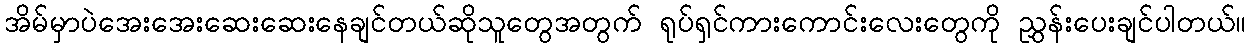
အိမ်မှာပဲအေးအေးဆေးဆေးနေချင်တယ်ဆိုသူတွေအတွက် ရုပ်ရှင်ကားကောင်းလေးတွေကို ညွှန်းပေးချင်ပါတယ်။